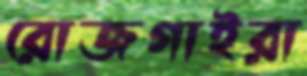
রোজগাইরা